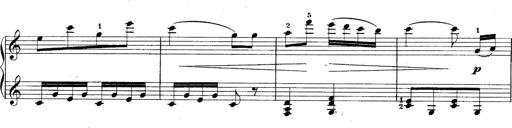
Title: 10 Sonatines progressives
Composer: Anton Schmoll